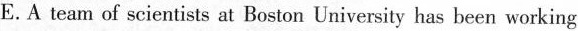
E.A team of scientists at Boston University has been working